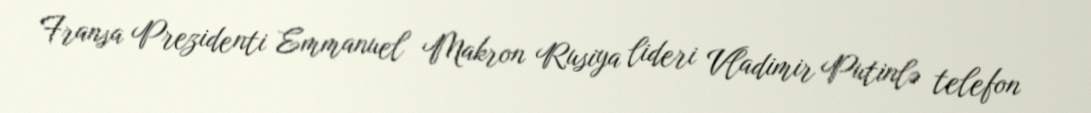
Fransa Prezidenti Emmanuel Makron Rusiya lideri Vladimir Putinlə telefon